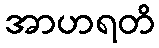
အာဟရတိ